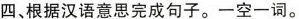
四、根据汉语意思完成句子。一空一词。